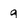
Character: g